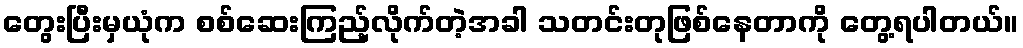
တွေးပြီးမှယုံက စစ်ဆေးကြည့်လိုက်တဲ့အခါ သတင်းတုဖြစ်နေတာကို တွေ့ရပါတယ်။